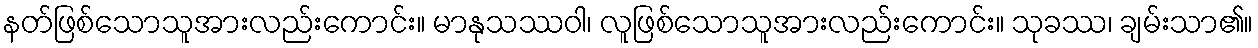
နတ်ဖြစ်သောသူအားလည်းကောင်း။ မာနုသဿဝါ၊ လူဖြစ်သောသူအားလည်းကောင်း။ သုခဿ၊ ချမ်းသာ၏။